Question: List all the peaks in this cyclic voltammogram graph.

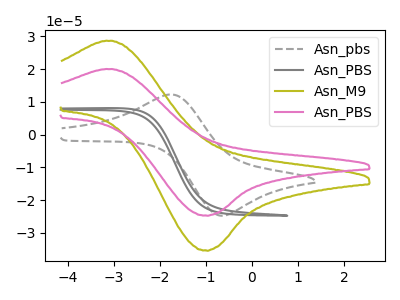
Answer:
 <answer>The gray dashed curve "Asn_pbs" has an anodic peak at (-1.75V, 12.25uA) and a cathodic peak at (-0.70V, -24.65uA). The gray curve "Asn_PBS" has no peaks. The olive curve "Asn_M9" has an anodic peak at (-3.15V, 28.60uA) and a cathodic peak at (-1.05V, -35.35uA). The pink curve "Asn_PBS" has an anodic peak at (-3.15V, 20.00uA) and a cathodic peak at (-1.05V, -24.70uA).</answer>
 <eval></eval>